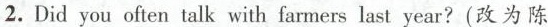
2.Did you often talk with farmers last year?(改为陈